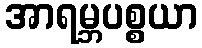
အာရမ္ဘပစ္စယာ